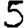
Digit: 5